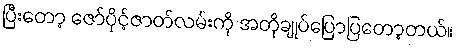
ပြီးတော့ ဇော်ပိုင့်ဇာတ်လမ်းကို အတိုချုပ်ပြောပြတော့တယ်။